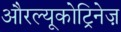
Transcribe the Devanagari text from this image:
औरल्यूकोट्रिनेज़